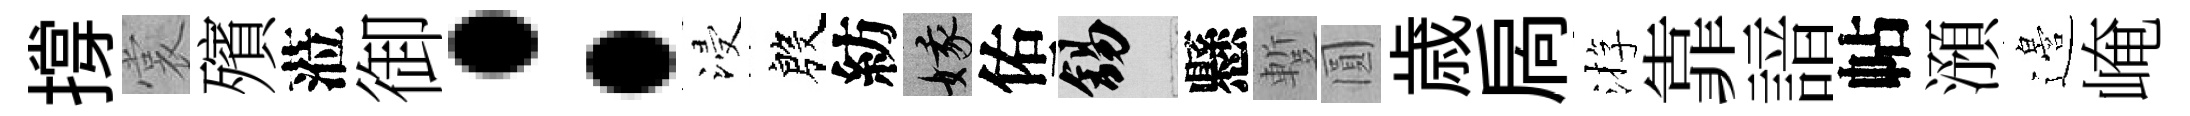
撐裳殯蒞御：浸殷紡娥佑錫懸蹔圓歳扄㳺靠諳帖澦邉崦